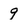
Character: 9